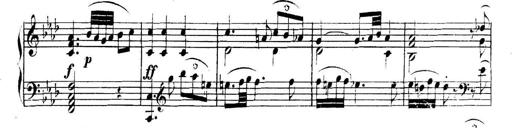
Title: Collected Piano Sonatas
Composer: Muzio Clementi